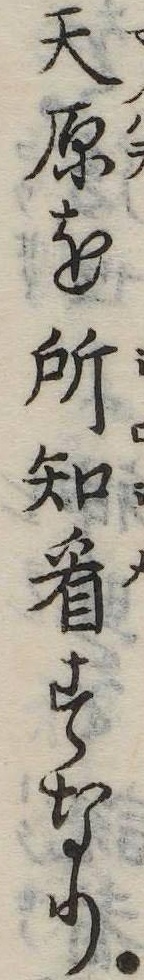
天原を所知看すなり